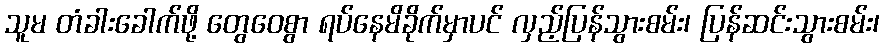
သူမ တံခါးခေါက်ဖို့ တွေဝေစွာ ရပ်နေမိခိုက်မှာပင် လှည့်ပြန်သွားစမ်း၊ ပြန်ဆင်းသွားစမ်း၊